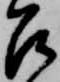
召